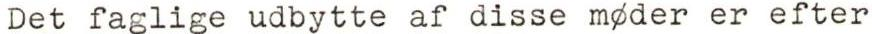
Det faglige udbytte af disse mgder er efter